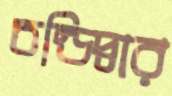
চন্ডিদ্বার